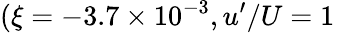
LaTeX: (\xi=-3.7\times 10^{-3},u^{\prime}/U=1\